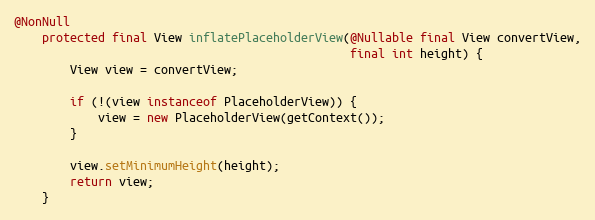
Language: Java
@NonNull
    protected final View inflatePlaceholderView(@Nullable final View convertView,
                                                final int height) {
        View view = convertView;

        if (!(view instanceof PlaceholderView)) {
            view = new PlaceholderView(getContext());
        }

        view.setMinimumHeight(height);
        return view;
    }